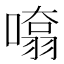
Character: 𭊨